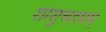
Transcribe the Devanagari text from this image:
शोशुचदघम्